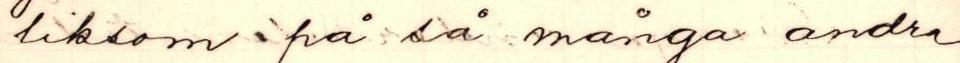
liksom på så många andra